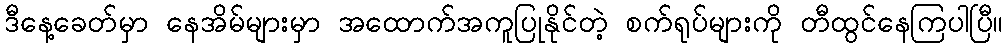
ဒီနေ့ခေတ်မှာ နေအိမ်များမှာ အထောက်အကူပြုနိုင်တဲ့ စက်ရုပ်များကို တီထွင်နေကြပါပြီ။